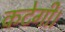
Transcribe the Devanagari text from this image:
कटेगी।